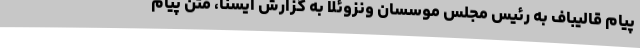
پیام قالیباف به رئیس مجلس موسسان ونزوئلا به گزارش ایسنا، متن پیام